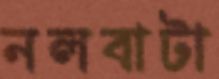
নলবাটা